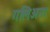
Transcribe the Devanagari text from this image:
गलिअना